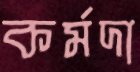
কর্মদা